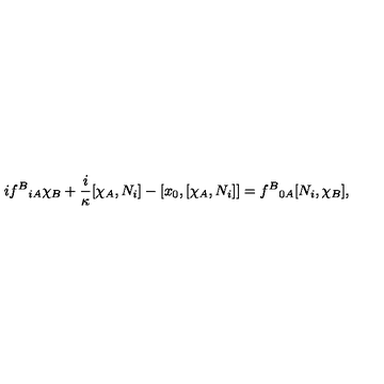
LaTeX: i f ^ { B } { } _ { i A } \chi _ { B } + \frac { i } \kappa [ \chi _ { A } , N _ { i } ] - [ x _ { 0 } , [ \chi _ { A } , N _ { i } ] ] = f ^ { B } { } _ { 0 A } [ N _ { i } , \chi _ { B } ] ,